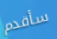
سأقدم